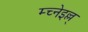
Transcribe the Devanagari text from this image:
म्च्नेइल्ल्